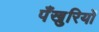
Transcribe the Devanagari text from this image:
पँखुरियों